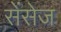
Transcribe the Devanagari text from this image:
सेंसेज